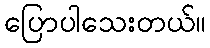
ပြောပါသေးတယ်။